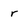
Character: r